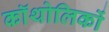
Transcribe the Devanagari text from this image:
कॉथोलिकों